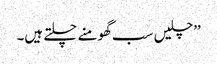
’’چلیں سب گھومنے چلتے ہیں۔